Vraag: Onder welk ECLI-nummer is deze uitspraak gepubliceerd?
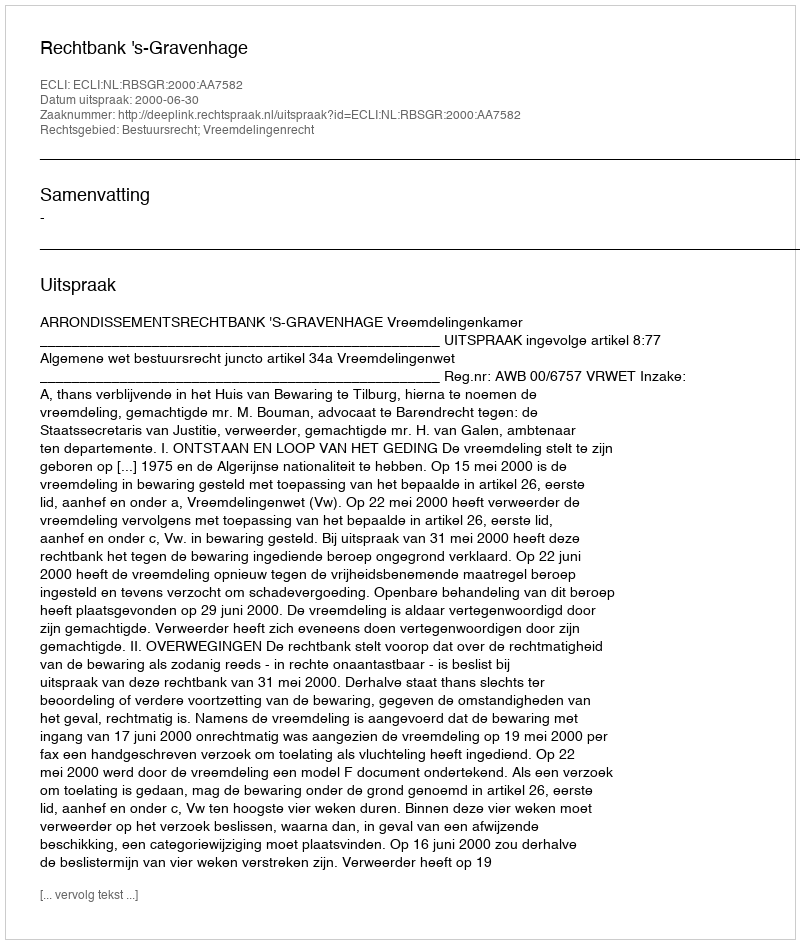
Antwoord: ECLI:NL:RBSGR:2000:AA7582